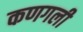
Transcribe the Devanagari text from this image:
कणगली